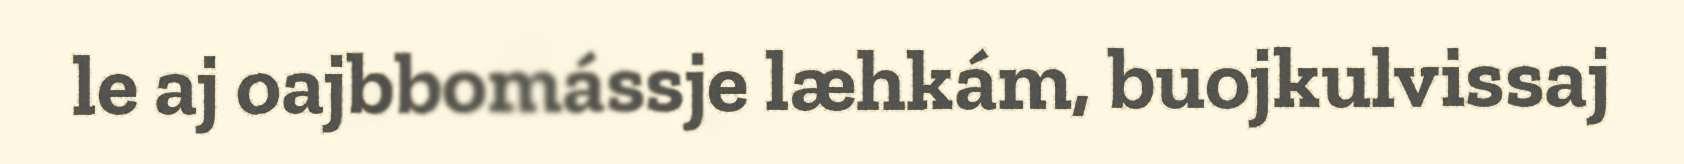
le aj oajbbomássje læhkám, buojkulvissaj